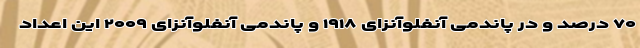
۷۰ درصد و در پاندمی آنفلوآنزای ۱۹۱۸ و پاندمی آنفلوآنزای ۲۰۰۹ این اعداد